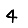
Digit: 4